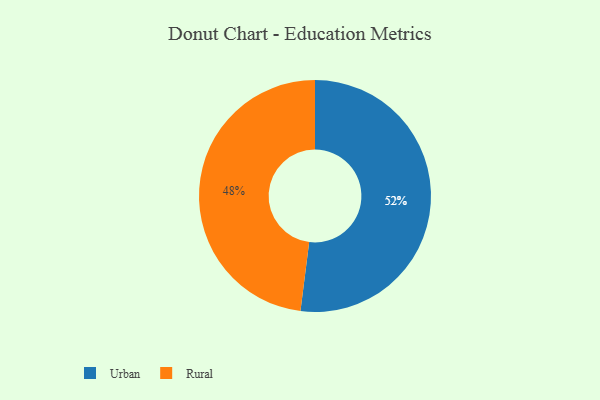
{"axis": {"x": "Category", "y": "Percentage"}, "legend": ["Rural", "Urban"], "data": [{"x": "Rural", "y": 48, "type": "Rural"}, {"x": "Urban", "y": 52, "type": "Urban"}]}